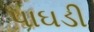
પાઘડી